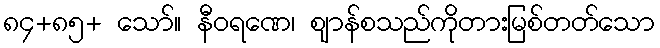
၈၄+၈၅+ သော်။ နီဝရဏေ၊ ဈာန်စသည်ကိုတားမြစ်တတ်သော